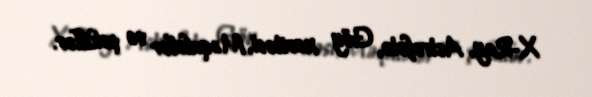
X-Ray, Astrofoto, Göy xəritəsi, Məqalələr və şəkillər.